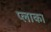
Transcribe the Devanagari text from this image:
प्लाका